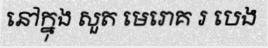
នៅក្នុង សួត មេរោគ រ បេង